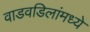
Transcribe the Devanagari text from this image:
वाडवडिलांमध्ये